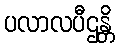
ပလာလပီဌန္တိ